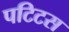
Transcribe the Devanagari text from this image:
पटिटस